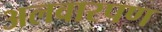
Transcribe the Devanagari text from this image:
अलवारपण